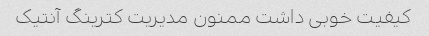
کیفیت خوبی داشت ممنون مدیریت کترینگ آنتیک